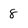
Character: 8